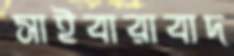
সাইবারাবাদ